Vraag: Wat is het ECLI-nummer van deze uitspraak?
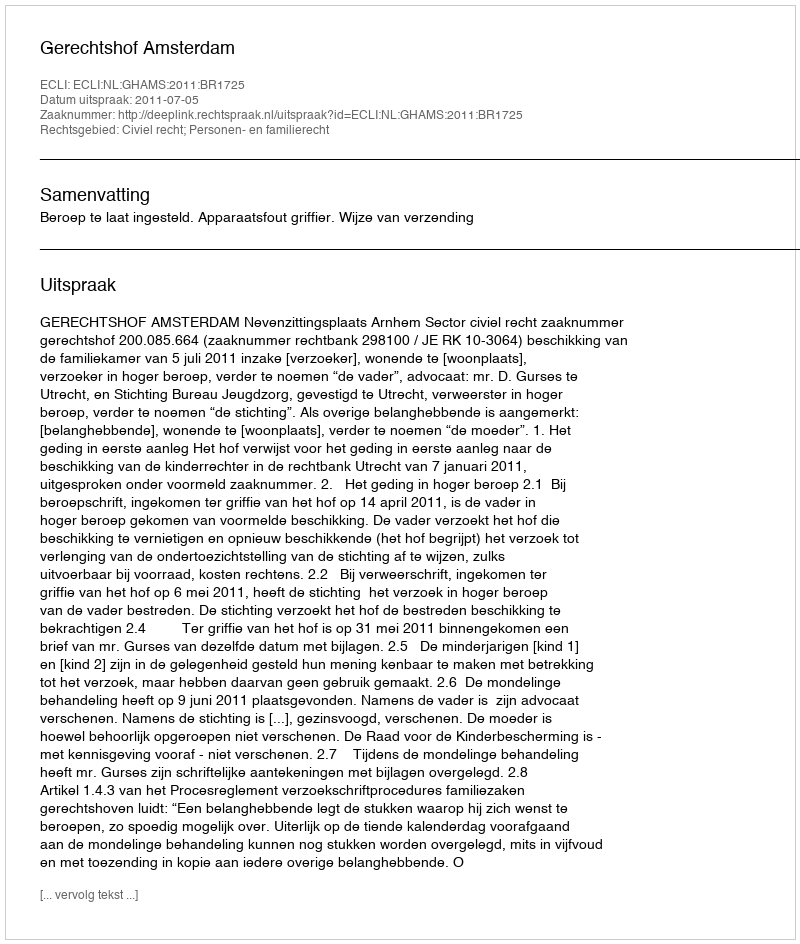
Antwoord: ECLI:NL:GHAMS:2011:BR1725